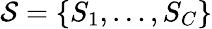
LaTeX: \mathcal{S}=\{ S_{1},\ldots,S_{C}\}